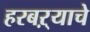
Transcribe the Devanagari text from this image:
हरबऱ्याचे